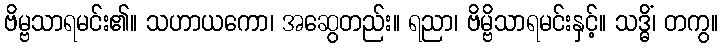
ဗိမ္ဗသာရမင်း၏။ သဟာယကော၊ အဆွေတည်း။ ရညာ၊ ဗိမ္ဗိသာရမင်းနှင့်။ သဒ္ဓိံ၊ တကွ။